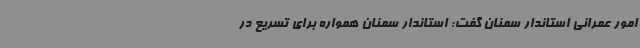
امور عمرانی استاندار سمنان گفت: استاندار سمنان همواره برای تسریع در